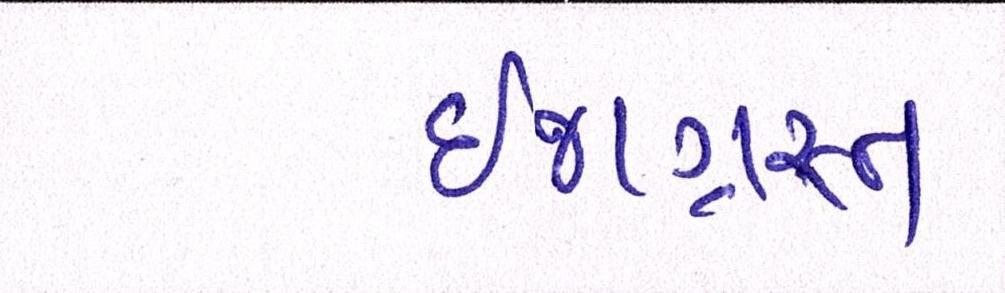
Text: ઈજાગ્રસ્ત